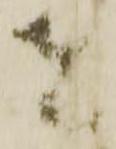
者